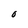
Character: 0